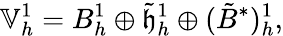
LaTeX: \mathbb{V}_{h}^{1}=B_{h}^{1}\oplus\tilde{\mathfrak{h}}_{h}^{1}\oplus(\tilde{B}^{*})_{h}^{1},